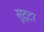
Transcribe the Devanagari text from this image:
सुट्टर